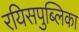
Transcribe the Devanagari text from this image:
रयिसपुब्लिका